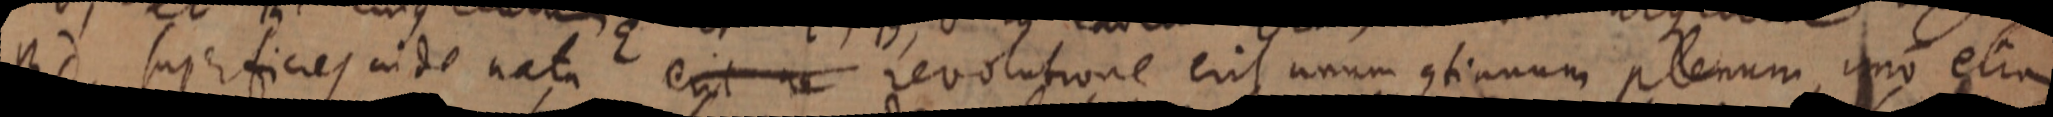
Bd, superficies inde nata erit ne revolutione erit unum continuum plenum, uno etiam